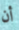
أن